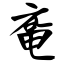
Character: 鼋